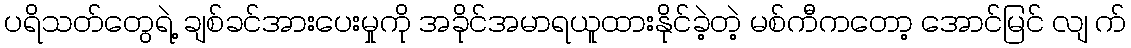
ပရိသတ်တွေရဲ့ ချစ်ခင်အားပေးမှုကို အခိုင်အမာရယူထားနိုင်ခဲ့တဲ့ မစ်ကီကတော့ အောင်မြင် လျ က်